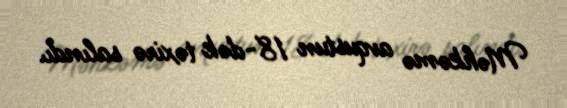
Məhkəmə avqustun 18-dək təxirə salındı.